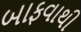
બાફવાથી